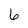
Character: 6